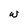
Character: W